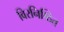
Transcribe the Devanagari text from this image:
विरनिष्ठित